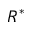
R ^ { * }